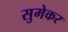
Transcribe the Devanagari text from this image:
सुमेकर